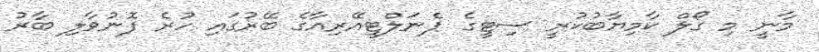
މާނީ މި ގޯލް ކާމިޔާބުކުރީ ސިޓީގެ ޕެނަލްޓީއޭރިއާގެ ބޭރުގައި ހުރެ ފޮނުވާލި ބާރު